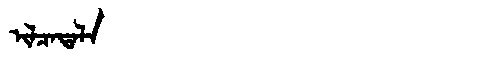
Manchu: ᡳᠯᠴᠠᡨᠠᠯᠠ
Romanization: ILCATALA